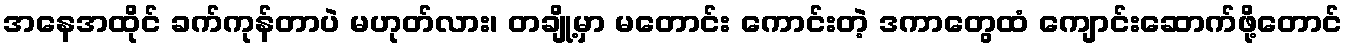
အနေအထိုင် ခက်ကုန်တာပဲ မဟုတ်လား၊ တချို့မှာ မတောင်း ကောင်းတဲ့ ဒကာတွေထံ ကျောင်းဆောက်ဖို့တောင်